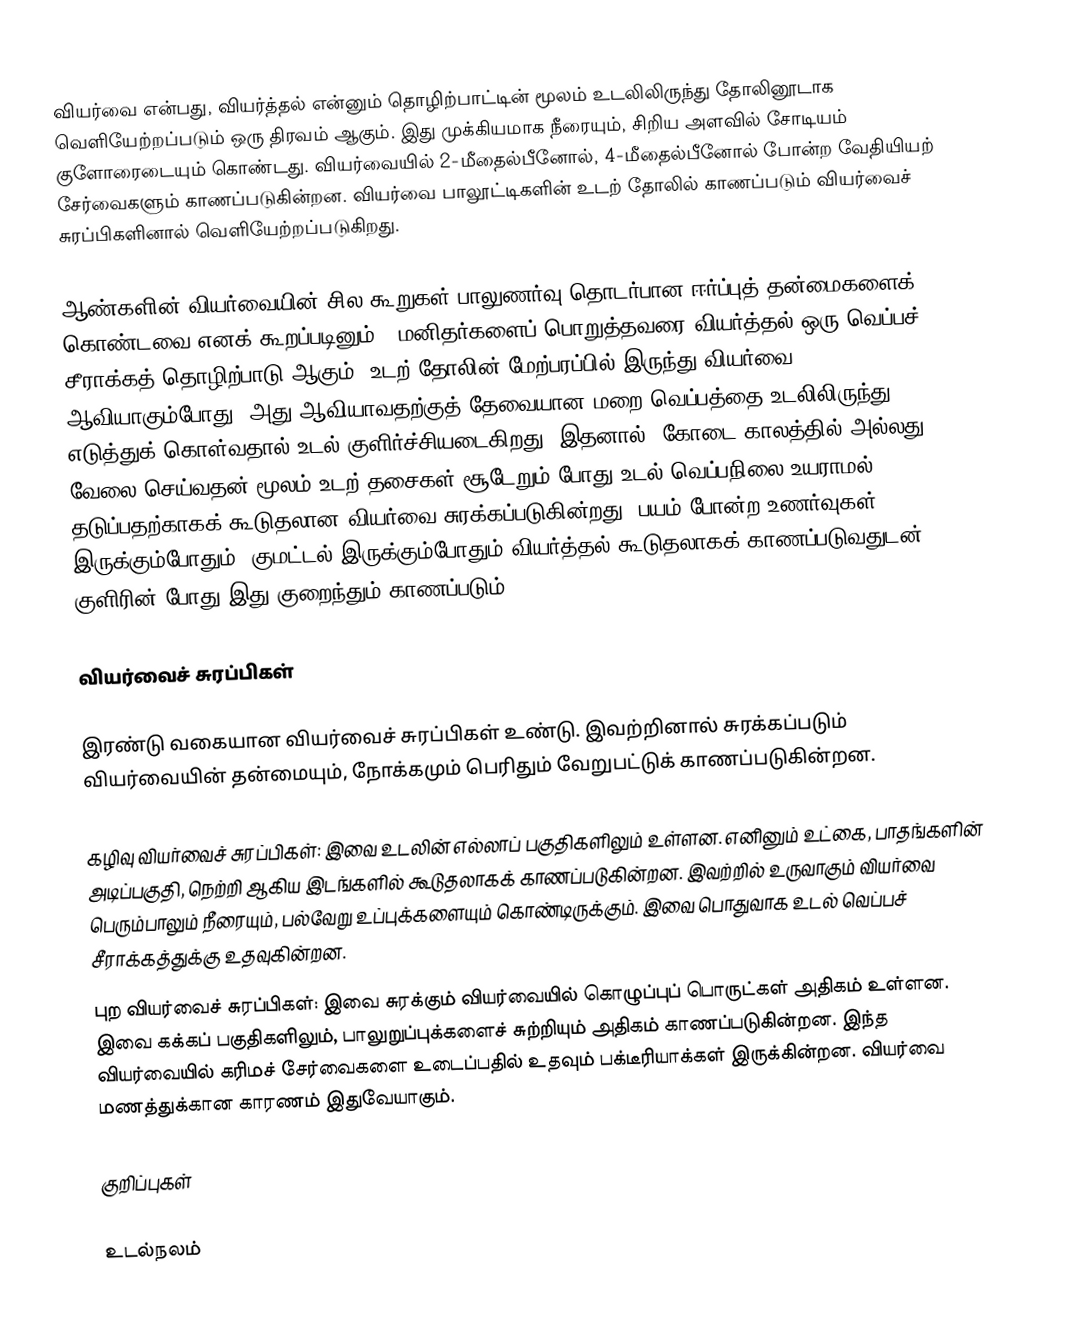
வியர்வை என்பது, வியர்த்தல் என்னும் தொழிற்பாட்டின் மூலம் உடலிலிருந்து தோலினூடாக வெளியேற்றப்படும் ஒரு திரவம் ஆகும். இது முக்கியமாக நீரையும், சிறிய அளவில் சோடியம் குளோரைடையும் கொண்டது. வியர்வையில் 2-மீதைல்பீனோல், 4-மீதைல்பீனோல் போன்ற வேதியியற் சேர்வைகளும் காணப்படுகின்றன. வியர்வை பாலூட்டிகளின் உடற் தோலில் காணப்படும் வியர்வைச் சுரப்பிகளினால் வெளியேற்றப்படுகிறது.

ஆண்களின் வியர்வையின் சில கூறுகள் பாலுணர்வு தொடர்பான ஈர்ப்புத் தன்மைகளைக் கொண்டவை எனக் கூறப்படினும்., மனிதர்களைப் பொறுத்தவரை வியர்த்தல் ஒரு வெப்பச் சீராக்கத் தொழிற்பாடு ஆகும். உடற் தோலின் மேற்பரப்பில் இருந்து வியர்வை ஆவியாகும்போது, அது ஆவியாவதற்குத் தேவையான மறை வெப்பத்தை உடலிலிருந்து எடுத்துக் கொள்வதால் உடல் குளிர்ச்சியடைகிறது. இதனால், கோடை காலத்தில் அல்லது வேலை செய்வதன் மூலம் உடற் தசைகள் சூடேறும் போது உடல் வெப்பநிலை உயராமல் தடுப்பதற்காகக் கூடுதலான வியர்வை சுரக்கப்படுகின்றது. பயம் போன்ற உணர்வுகள் இருக்கும்போதும், குமட்டல் இருக்கும்போதும் வியர்த்தல் கூடுதலாகக் காணப்படுவதுடன், குளிரின் போது இது குறைந்தும் காணப்படும்.

வியர்வைச் சுரப்பிகள்

இரண்டு வகையான வியர்வைச் சுரப்பிகள் உண்டு. இவற்றினால் சுரக்கப்படும் வியர்வையின் தன்மையும், நோக்கமும் பெரிதும் வேறுபட்டுக் காணப்படுகின்றன.

 கழிவு வியர்வைச் சுரப்பிகள்: இவை உடலின் எல்லாப் பகுதிகளிலும் உள்ளன. எனினும் உட்கை, பாதங்களின் அடிப்பகுதி, நெற்றி ஆகிய இடங்களில் கூடுதலாகக் காணப்படுகின்றன. இவற்றில் உருவாகும் வியர்வை பெரும்பாலும் நீரையும், பல்வேறு உப்புக்களையும் கொண்டிருக்கும். இவை பொதுவாக உடல் வெப்பச் சீராக்கத்துக்கு உதவுகின்றன.
 புற வியர்வைச் சுரப்பிகள்: இவை சுரக்கும் வியர்வையில் கொழுப்புப் பொருட்கள் அதிகம் உள்ளன. இவை கக்கப் பகுதிகளிலும், பாலுறுப்புக்களைச் சுற்றியும் அதிகம் காணப்படுகின்றன. இந்த வியர்வையில் கரிமச் சேர்வைகளை உடைப்பதில் உதவும் பக்டீரியாக்கள் இருக்கின்றன. வியர்வை மணத்துக்கான காரணம் இதுவேயாகும்.

குறிப்புகள்

உடல்நலம்